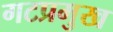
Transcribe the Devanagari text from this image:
गटप्रमुख